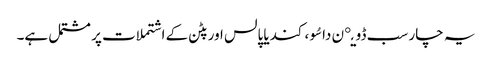
یہ چار سب ڈویږن داسُو ، کندیا پالس اور پٹن کے اشتملات پر مشتمل ہے۔